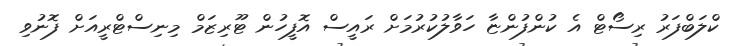
ކްލަބްފަރު ރިސޯޓް އެ ކުންފުންޏާ ހަވާލުކުރުމަށް ރައީސް އޮފީހުން ޓޫރިޒަމް މިނިސްޓްރީއަށް ފޮނުވި